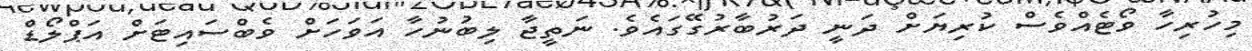
މިހުރިހާ ވޯޓެއްވެސް ކުރިޔަށް ދަނީ ދަރުބާރުގޭގައެވެ. ނަތީޖާ ލިބުނުހާ އަވަހަށް ވެބްސައިޓަށް އަޕްލޯޑް